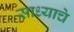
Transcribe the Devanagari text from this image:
साध्याचे